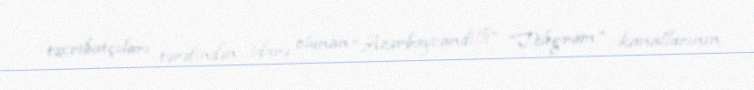
təxribatçıları tərəfindən idarə olunan “Azərbaycandilli” “Telegram” kanallarının